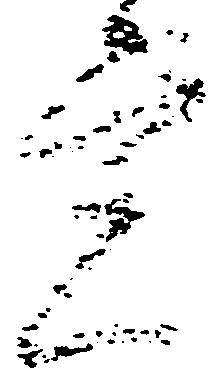
覚